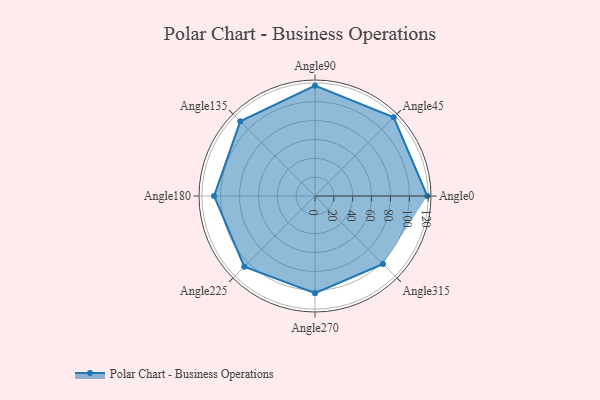
{"axis": {"x": "Angle", "y": "Radius"}, "legend": [""], "data": [{"x": "Angle0", "y": 119.0, "type": ""}, {"x": "Angle45", "y": 118.0, "type": ""}, {"x": "Angle90", "y": 117.0, "type": ""}, {"x": "Angle135", "y": 112.0, "type": ""}, {"x": "Angle180", "y": 107.0, "type": ""}, {"x": "Angle225", "y": 106.0, "type": ""}, {"x": "Angle270", "y": 103.0, "type": ""}, {"x": "Angle315", "y": 102.0, "type": ""}]}